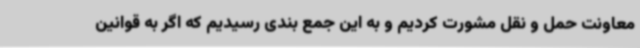
معاونت حمل و نقل مشورت کردیم و به این جمع بندی رسیدیم که اگر به قوانین